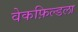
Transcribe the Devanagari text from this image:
वेकफ़िल्डला